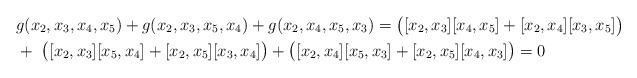
LaTeX: \begin{align*}& g( x_2, x_3, x_4, x_5) + g( x_2, x_3, x_5, x_4) + g(x_2, x_4, x_5, x_3) = \bigl( [x_2, x_3] [x_4, x_5] + [x_2, x_4] [x_3, x_5] \bigr) \\& + \ \bigl( [x_2, x_3] [x_5, x_4] + [x_2, x_5] [x_3, x_4] \bigr) + \bigl( [x_2, x_4] [x_5, x_3] + [x_2, x_5] [x_4, x_3] \bigr) = 0\end{align*}